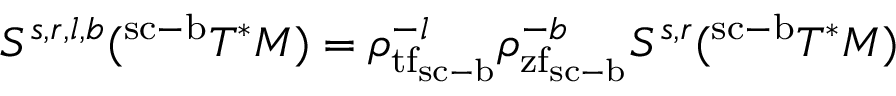
S ^ { s , r , l , b } ( ^ { \mathrm { s c } \mathrm { - } \mathrm { b } } T ^ { * } M ) = \rho _ { { \mathrm { t f } } _ { \mathrm { s c } \mathrm { - } \mathrm { b } } } ^ { - l } \rho _ { { \mathrm { z f } } _ { \mathrm { s c } \mathrm { - } \mathrm { b } } } ^ { - b } S ^ { s , r } ( ^ { \mathrm { s c } \mathrm { - } \mathrm { b } } T ^ { * } M )